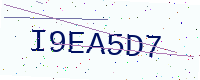
Text: I9EA5D7